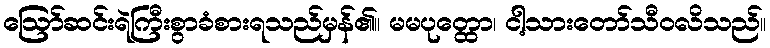
ဩော်ဆင်းရဲကြီးစွာခံစားရသည်မှန်၏။ မမပုတ္ထော၊ ငါ့သားတော်သီဝလိသည်။